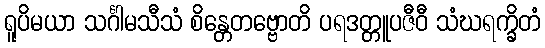
ရူပိမယာ သင်္ဂါမသီသံ စိန္တေတဗ္ဗောတိ ပရဒတ္တူပဇီဝီ သံဃရက္ခိတံ